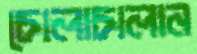
চোলাচালান